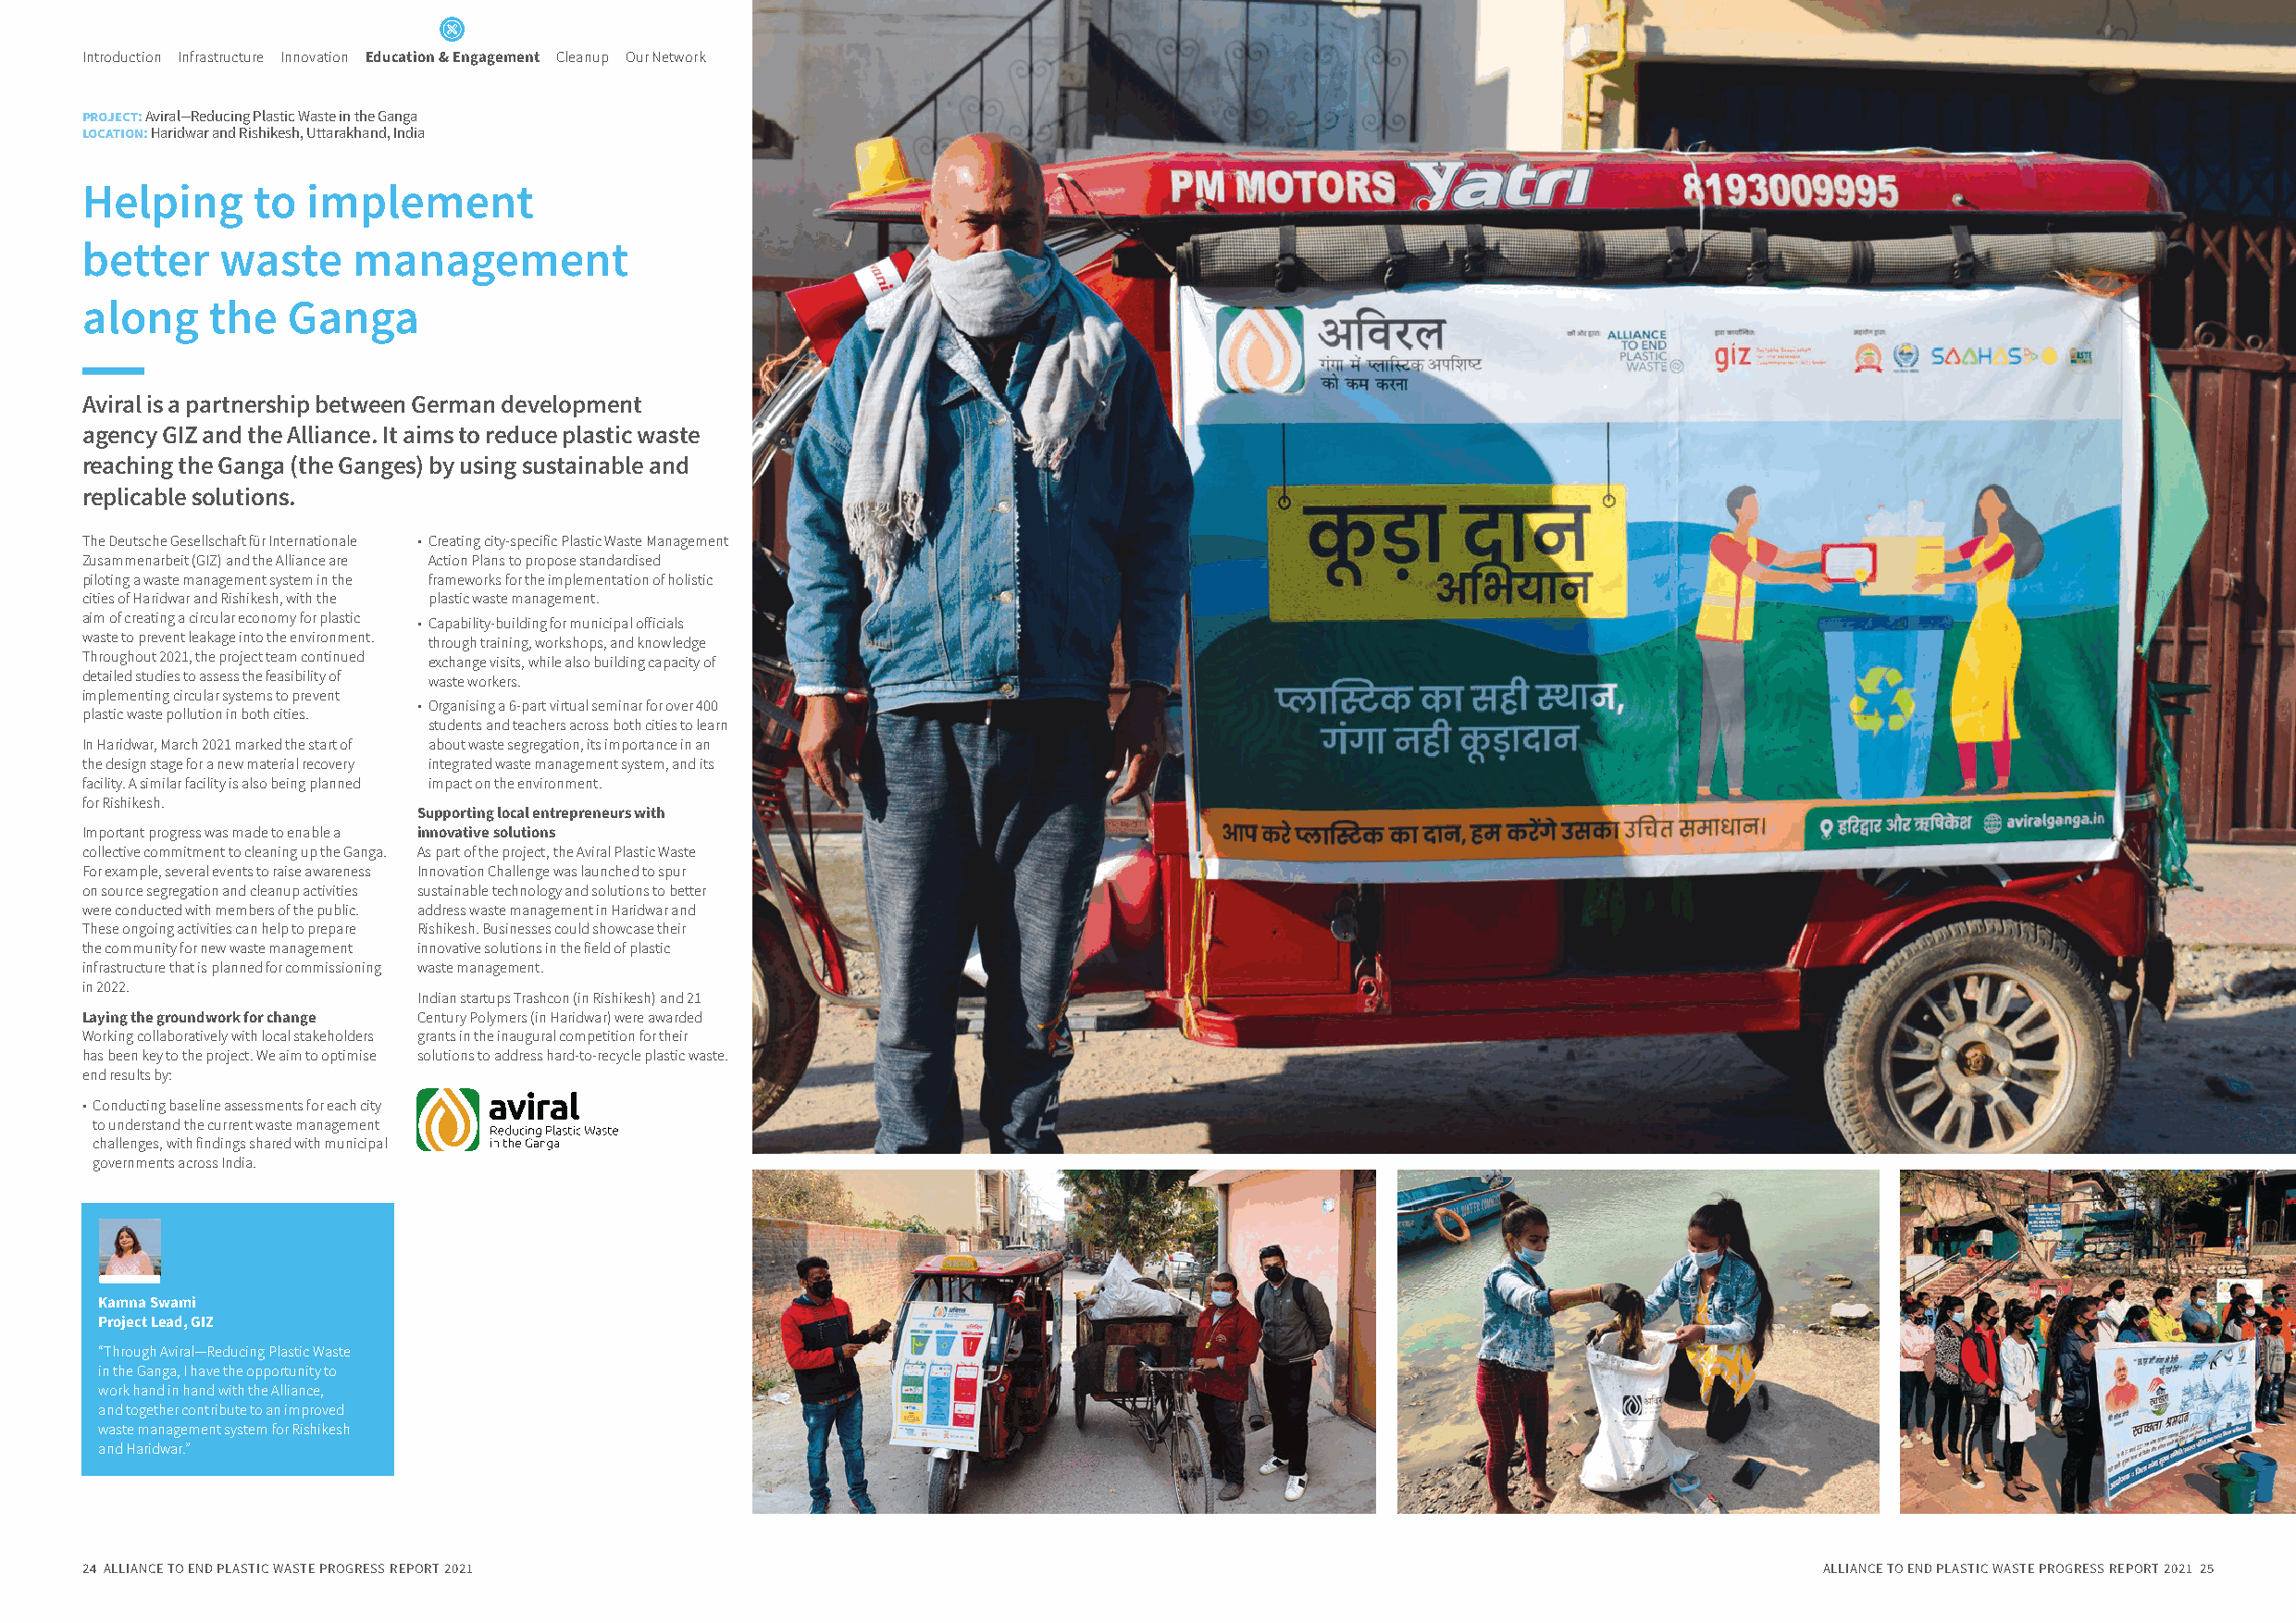
Introduction Infrastructure Innovation Education & Engagement Cleanup Our Network
 project: Aviral­— Reducing Plastic Waste in the Ganga
 location: Haridwar and Rishikesh, Uttarakhand, India
 Helping     to  implement
 better    waste    management
 along    the   Ganga
 Aviral is a partnership between German development
 agency GIZ and the Alliance. It aims to reduce plastic waste
 reaching the Ganga (the Ganges) by using sustainable and
 replicable solutions.
 The Deutsche Gesellschaft für Internationale • Creating city-specific Plastic Waste Management
 Zusammenarbeit (GIZ) and the Alliance are Action Plans to propose standardised
 piloting a waste management system in the frameworks for the implementation of holistic
 cities of Haridwar and Rishikesh, with the plastic waste management.
 aim of creating a circular economy for plastic • Capability-building for municipal officials
 waste to prevent leakage into the environment. through training, workshops, and knowledge
 Throughout 2021, the project team continued exchange visits, while also building capacity of
 detailed studies to assess the feasibility of waste workers.
 implementing circular systems to prevent
 • Organising a 6-part virtual seminar for over 400
 plastic waste pollution in both cities.
 students and teachers across both cities to learn
 In Haridwar, March 2021 marked the start of about waste segregation, its importance in an
 the design stage for a new material recovery integrated waste management system, and its
 facility. A similar facility is also being planned impact on the environment.
 for Rishikesh.
 Supporting local entrepreneurs with
 Important progress was made to enable a innovative solutions
 collective commitment to cleaning up the Ganga. As part of the project, the Aviral Plastic Waste
 For example, several events to raise awareness Innovation Challenge was launched to spur
 on source segregation and cleanup activities sustainable technology and solutions to better
 were conducted with members of the public. address waste management in Haridwar and
 These ongoing activities can help to prepare Rishikesh. Businesses could showcase their
 the community for new waste management innovative solutions in the field of plastic
 infrastructure that is planned for commissioning waste management.
 in 2022.
 Indian startups Trashcon (in Rishikesh) and 21
 Laying the groundwork for change Century Polymers (in Haridwar) were awarded
 Working collaboratively with local stakeholders grants in the inaugural competition for their
 has been key to the project. We aim to optimise solutions to address hard-to-recycle plastic waste.
 end results by:
 • Conducting baseline assessments for each city
 to understand the current waste management
 challenges, with findings shared with municipal
 governments across India.
 Kamna Swami
 Project Lead, GIZ
 “Through Aviral—Reducing Plastic Waste
 in the Ganga, I have the opportunity to
 work hand in hand with the Alliance,
 and together contribute to an improved
 waste management system for Rishikesh
 and Haridwar.”
 24 ALLIANCE TO END PLASTIC WASTE PROGRESS REPORT 2021                                                                       ALLIANCE TO END PLASTIC WASTE PROGRESS REPORT 2021 25